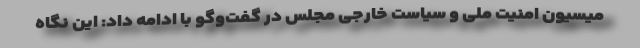
میسیون امنیت ملی و سیاست خارجی مجلس در گفت‌وگو با ادامه داد: این نگاه